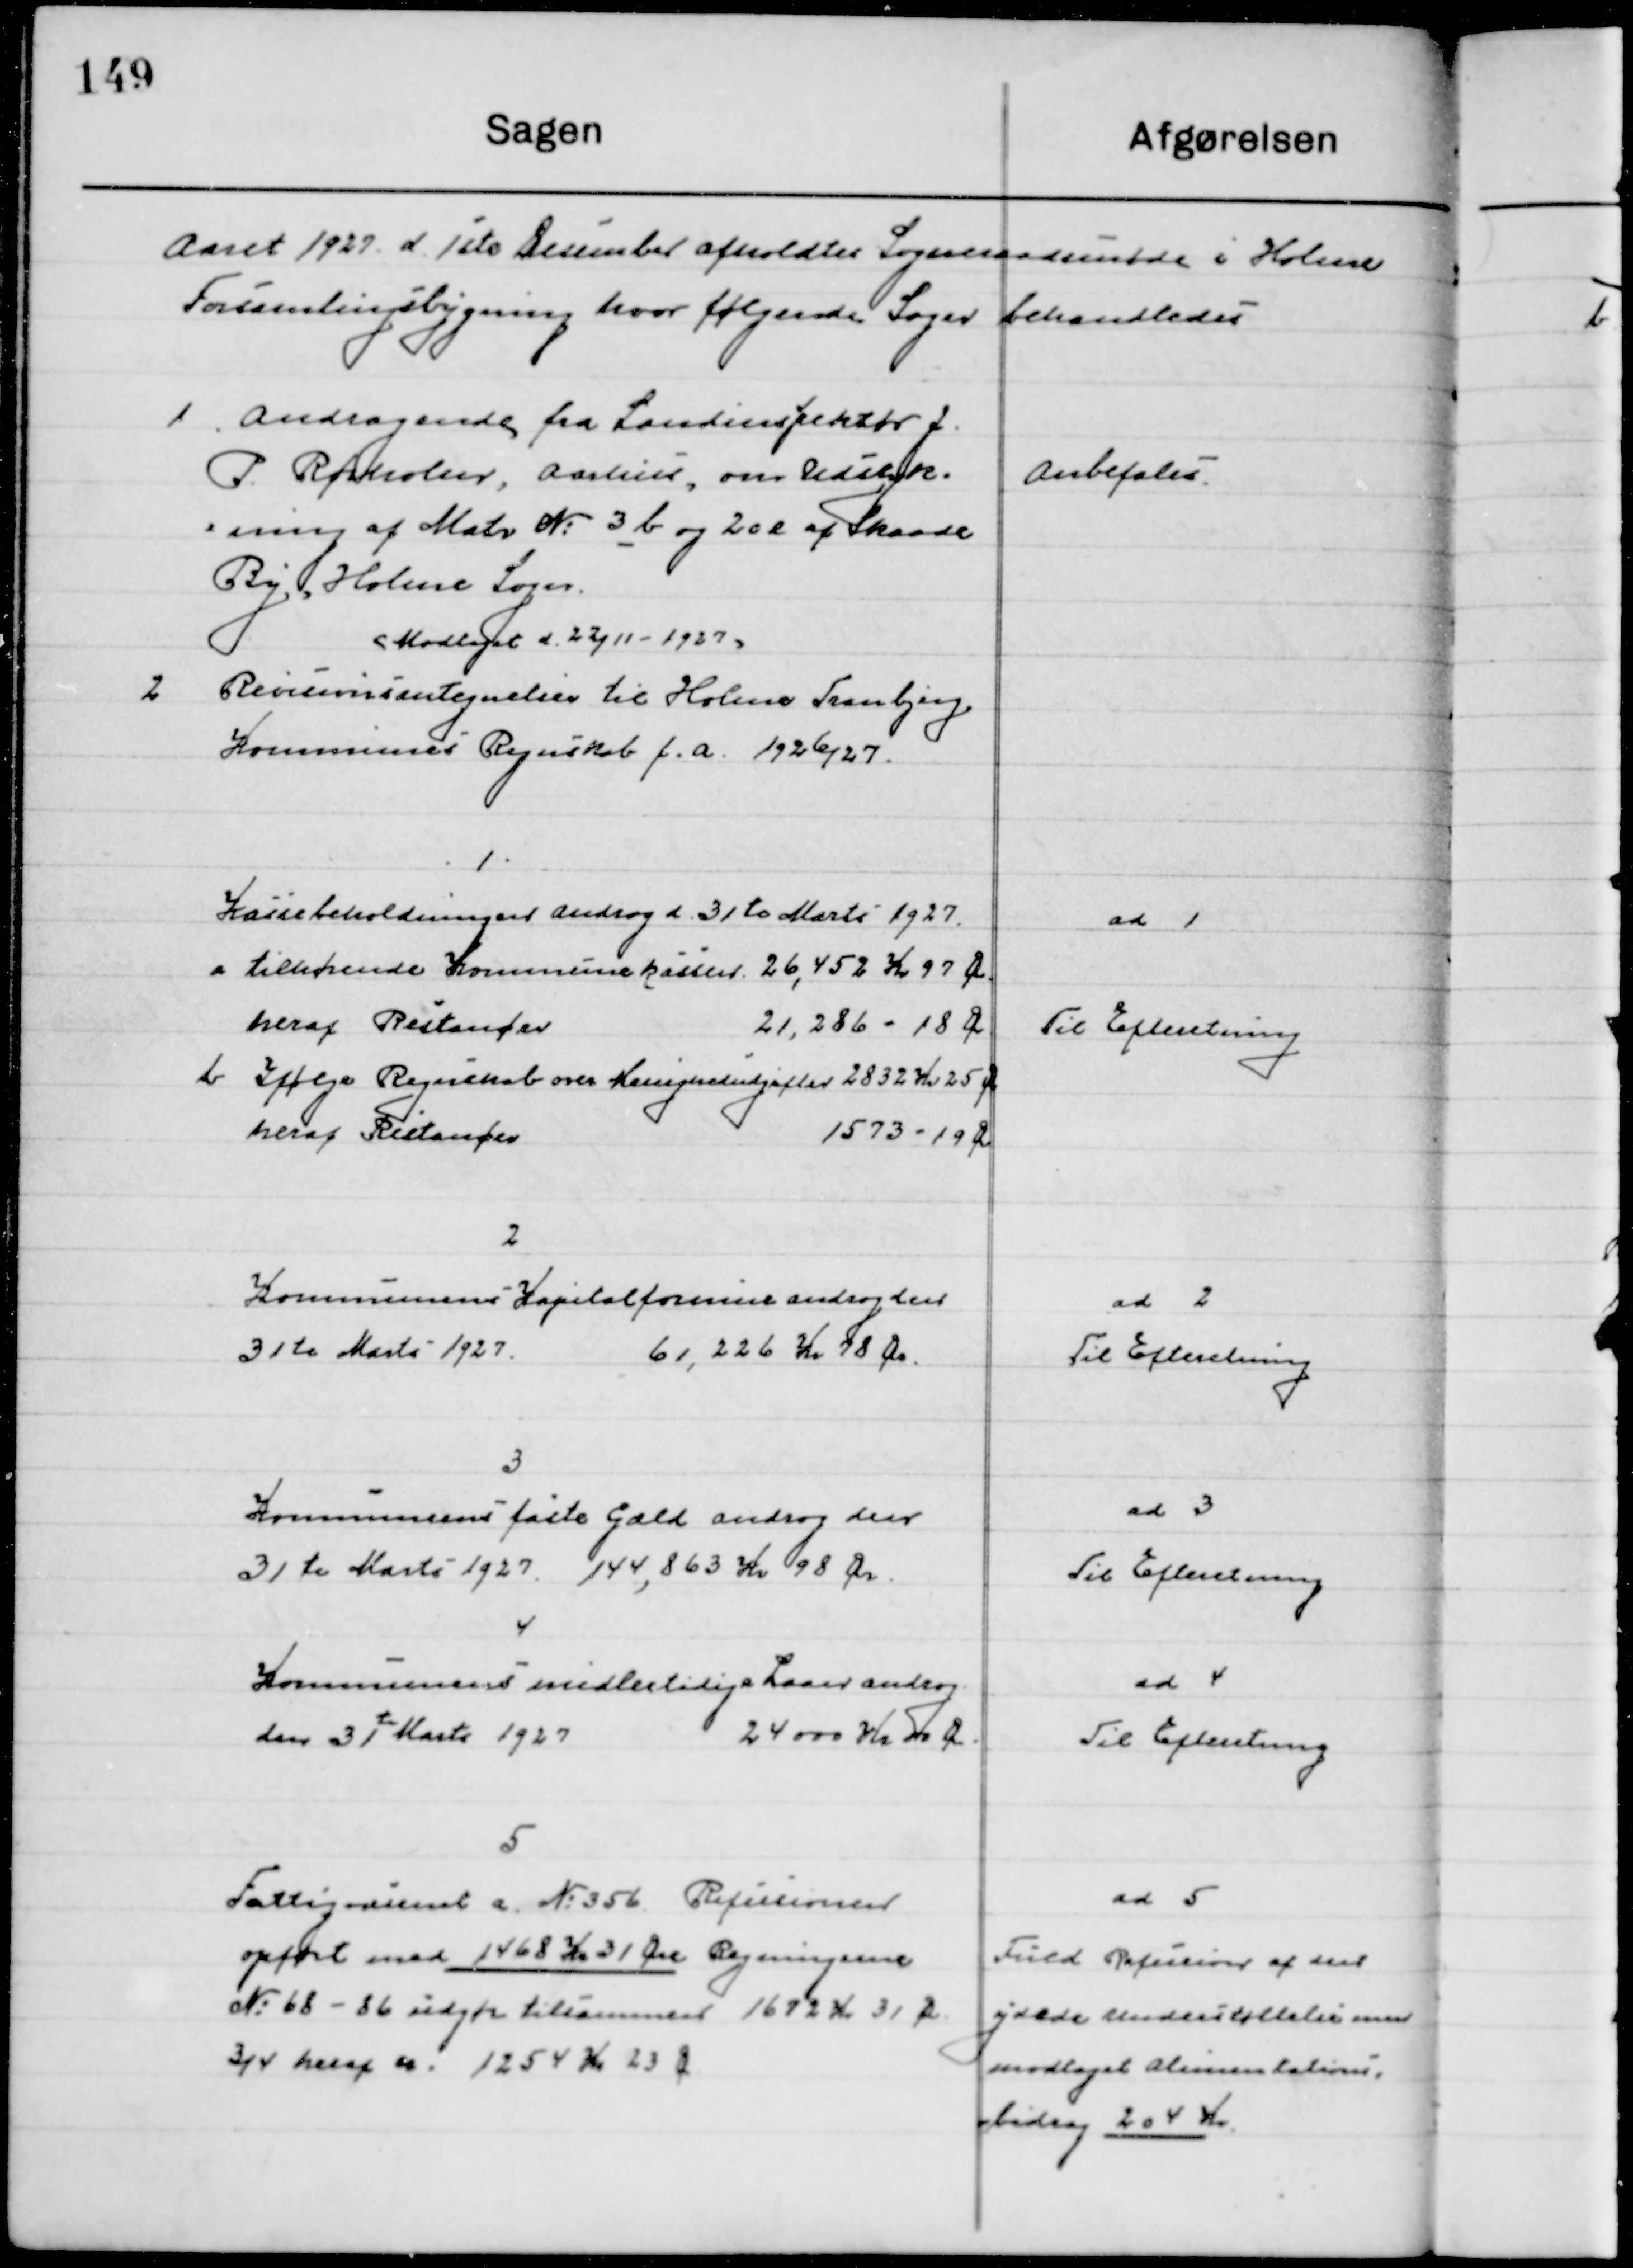
Transskription:
Aaret 1927 d. 1ste December afholdt Sogneraadsmøde i Holme
 Forsamlingsbygning hvor følgende Sager behandledes.

1

Andragende fra Landinspektør j.
P. Rørholm, Aarhus, om Udstyk-
Ning af Matr. No. 3 b og 20 e af Skaade
By, Holme Sogn.
(Modtaget d. 22/11 - 1927)

Anbefales

2

Revisionsantegnelse til Holme Tranbjerg
Kommunes Regnskab f. a. 1926/27

1.
Kassebeholdningen Androg d. 31te Marts 1927.
a tilhørende Kommunen kassen				26,452 Kr. 97 Øre
heraf Restancer										21,286 – 18 -
b Ifølge Regnskab over Kasseudgifter	2832 	Kr. 25 Øre
heraf Restancer										1573 	– 19 Øre

ad 1
Til Efterretning

2.
Kommunens Kapitalformue androg den 
31te Marts 1927						61,226 Kr. 78 Øre

ad 2
Til Efterretning

3.
Kommunens faste gæld Androg den
31te Marts 1927						144,863 Kr. 98 Øre

ad 3
Til Efterretning

4.
Kommunens midlertidige Laan androg 
den 31te Marts 1927.				24000 Kr. 00 Øre

ad 4
Til Efterretning

5.
Fattigvæsenet a No. 356 Refusion
opført med 1468 Kr. 31 Øre Regningerne
No. 68-86 udgør tilsammen 1672 Kr. 31 Øre
¾ heraf er 1254 Kr. 23 Øre

ad 5
Fuld Revision af den
ydede Understøttelse med
modtaget Alimentations-
bidrag 204 Kr.